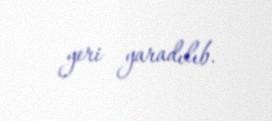
yeri yaradılıb.